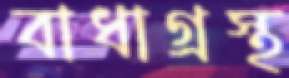
বাধাগ্রস্থ